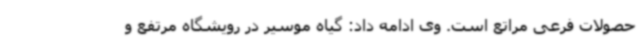
حصولات فرعی مراتع است. وی ادامه داد: گیاه موسیر در رویشگاه مرتفع و